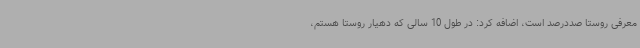
معرفی روستا صددرصد است، اضافه کرد: در طول 10 سالی که دهیار روستا هستم،